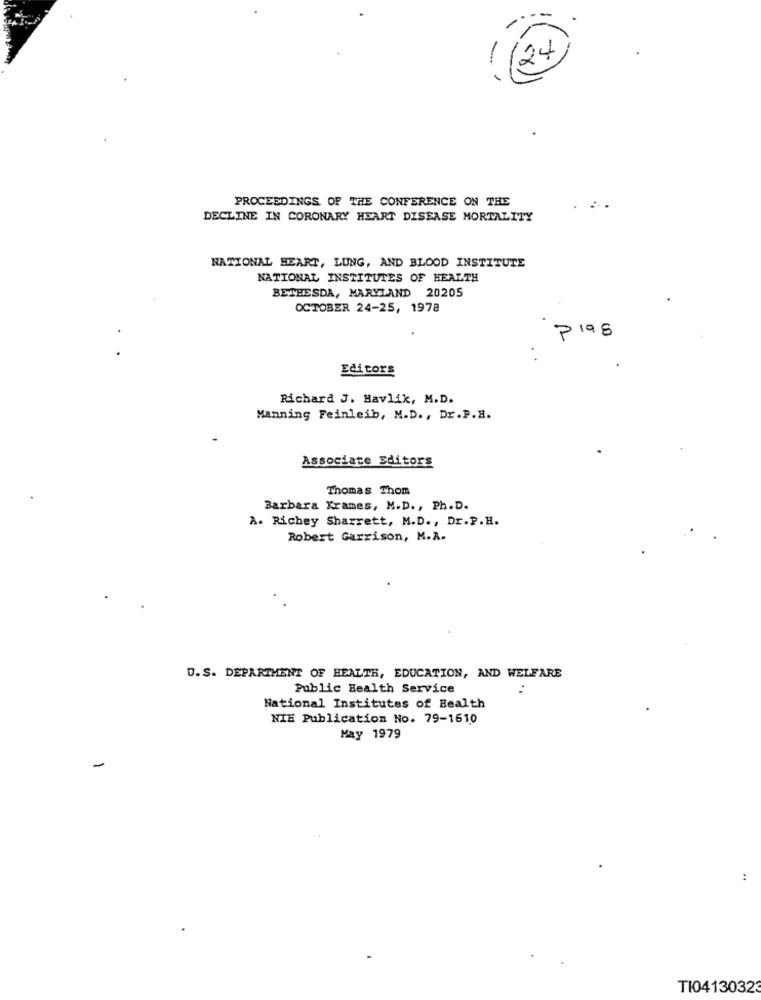
24
PROCEEDINGS OF THE CONFERENCE ON THE
DECLINE IN CORONARY HEART DISEASE MORTALITY
NATIONAL BEART, LUNG, AND BLOOD INSTITUTE
NATIONAL INSTITUTES OF HEALTH
BETHESDA, MARYLAND 20205
OCTOBER 24-25, 1978
P198
Editors
Richard J. Havlik, M.D.
Manning Feinleib, M.D ., Dr.P.H.
Associate Editors
Thomas Thom
Barbara Krames, M.D ., Ph.D.
A. Richey Sharrett, M.D ., Dr.P. H.
Robert Garrison, M.A.
D.S. DEPARTMENT OF HEALTH, EDUCATION, AND WELFARE
Public Health Service
National Institutes of Bealth
NIE Publication No. 79-1610
May 1979
-
:
TI04130323